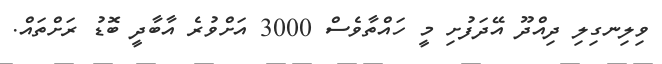
ވިލިނގިލި ދިއްދޫ އޭދަފުށި މީ ހައްތާވެސް 3000 އަށްވުރެ އާބާދީ ބޮޑު ރަށްތައް.